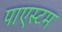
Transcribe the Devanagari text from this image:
पाएस्टम